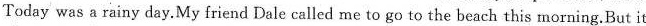
Today was a rainy day.My friend Dale called me to go to the beach this morning.But it